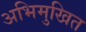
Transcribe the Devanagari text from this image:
अभिमुखित